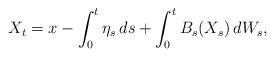
LaTeX: \begin{align*}X_{t}=x-\int_{0}^{t}\eta_{s}\,ds+\int_{0}^{t}B_{s}(X_{s})\,dW_{s},\end{align*}